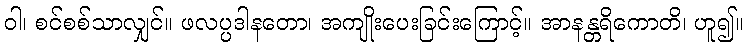
ဝါ၊ စင်စစ်သာလျှင်။ ဖလပ္ပဒါနတော၊ အကျိုးပေးခြင်းကြောင့်။ အာနန္တရိကောတိ၊ ဟူ၍။